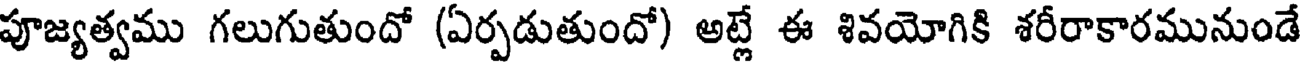
పూజ్యత్వము గలుగుతుందో (ఏర్పడుతుందో) అట్లే ఈ శివయోగికి శరీరాకారమునుండే